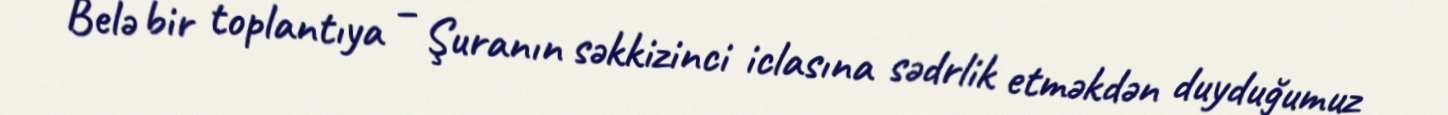
Belə bir toplantıya – Şuranın səkkizinci iclasına sədrlik etməkdən duyduğumuz